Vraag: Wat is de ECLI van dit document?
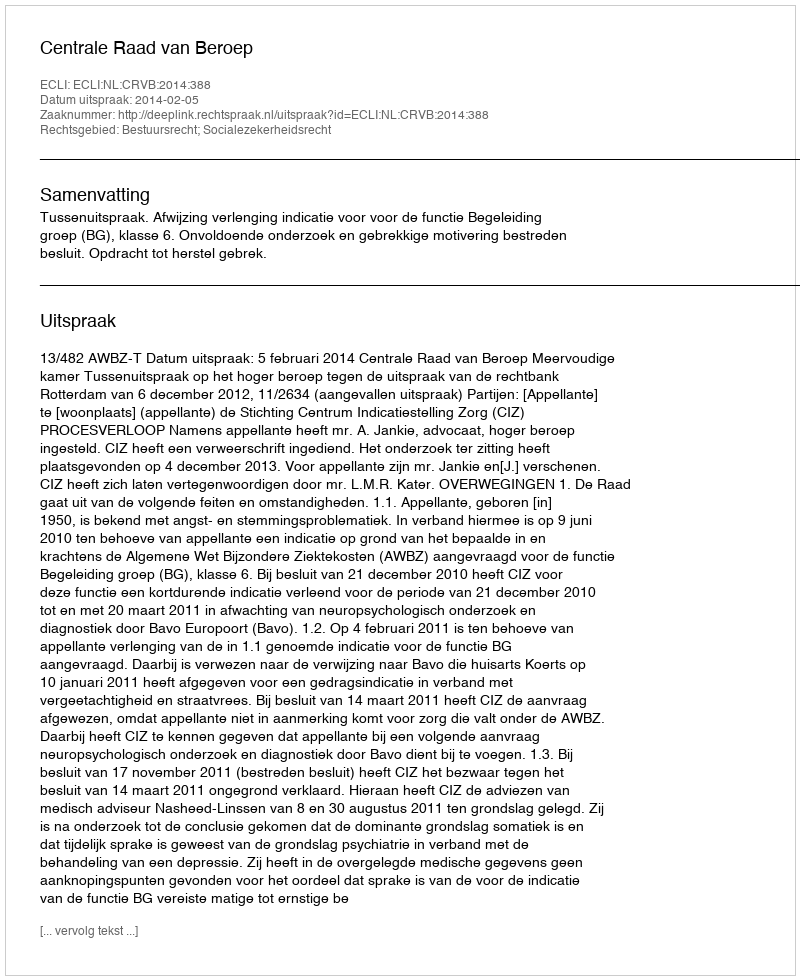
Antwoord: ECLI:NL:CRVB:2014:388